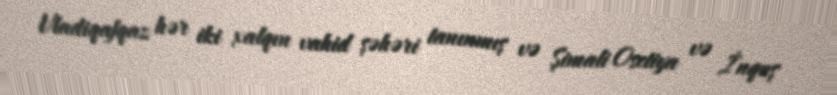
Vladiqafqaz hər iki xalqın vahid şəhəri tanınmış və Şimali Osetiya və İnquş